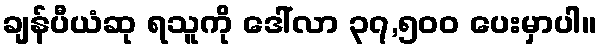
ချန်ပီယံဆု ရသူကို ဒေါ်လာ ၃၇,၅၀၀ ပေးမှာပါ။